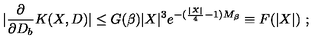
\left. | \frac { \partial } { \partial D _ { b } } K ( X , D ) | \leq G ( \beta ) | X | ^ { 3 } e ^ { - ( \frac { | X | } { 4 } - 1 ) M _ { \beta } } \equiv F ( | X | ) \ ; \right.